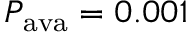
P _ { \mathrm { a v a } } = 0 . 0 0 1